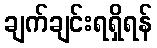
ချက်ချင်းရရှိရန်